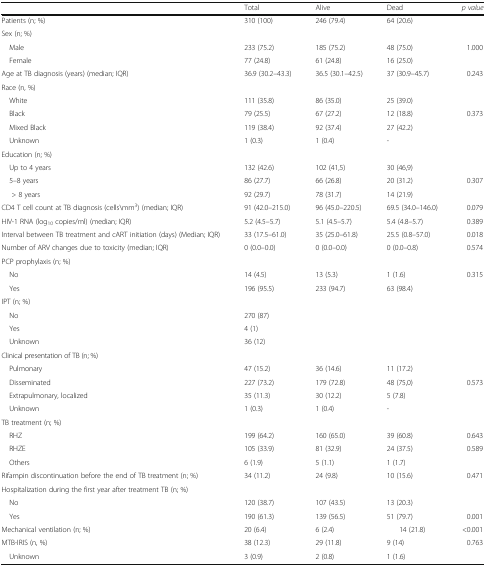
<table><thead><tr><td></td><td><b>Total</b></td><td><b>Alive</b></td><td><b>Dead</b></td><td><b><i>p value</i></b></td></tr></thead><tbody><tr><td>Patients (n; %)</td><td>310 (100)</td><td>246 (79.4)</td><td>64 (20.6)</td><td></td></tr><tr><td colspan="5">Sex (n; %)</td></tr><tr><td> Male</td><td>233 (75.2)</td><td>185 (75.2)</td><td>48 (75.0)</td><td>1.000</td></tr><tr><td> Female</td><td>77 (24.8)</td><td>61 (24.8)</td><td>16 (25.0)</td><td></td></tr><tr><td>Age at TB diagnosis (years) (median; IQR)</td><td>36.9 (30.2–43.3)</td><td>36.5 (30.1–42.5)</td><td>37 (30.9–45.7)</td><td>0.243</td></tr><tr><td colspan="5">Race (n, %)</td></tr><tr><td> White</td><td>111 (35.8)</td><td>86 (35.0)</td><td>25 (39.0)</td><td></td></tr><tr><td> Black</td><td>79 (25.5)</td><td>67 (27.2)</td><td>12 (18.8)</td><td>0.373</td></tr><tr><td> Mixed Black</td><td>119 (38.4)</td><td>92 (37.4)</td><td>27 (42.2)</td><td></td></tr><tr><td> Unknown</td><td>1 (0.3)</td><td>1 (0.4)</td><td>-</td><td></td></tr><tr><td colspan="5">Education (n; %)</td></tr><tr><td> Up to 4 years</td><td>132 (42.6)</td><td>102 (41,5)</td><td>30 (46,9)</td><td></td></tr><tr><td> 5–8 years</td><td>86 (27.7)</td><td>66 (26.8)</td><td>20 (31.2)</td><td>0.307</td></tr><tr><td>&gt; 8 years</td><td>92 (29.7)</td><td>78 (31.7)</td><td>14 (21.9)</td><td></td></tr><tr><td>CD4 T cell count at TB diagnosis (cells\mm<sup>3</sup>) (median; IQR)</td><td>91 (42.0–215.0)</td><td>96 (45.0–220.5)</td><td>69.5 (34.0–146.0)</td><td>0.079</td></tr><tr><td>HIV-1 RNA (log<sub>10</sub> copies/ml) (median; IQR)</td><td>5.2 (4.5–5.7)</td><td>5.1 (4.5–5.7)</td><td>5.4 (4.8–5.7)</td><td>0.389</td></tr><tr><td>Interval between TB treatment and cART initiation (days) (Median; IQR)</td><td>33 (17.5–61.0)</td><td>35 (25.0–61.8)</td><td>25.5 (0.8–57.0)</td><td>0.018</td></tr><tr><td>Number of ARV changes due to toxicity (median; IQR)</td><td>0 (0.0–0.0)</td><td>0 (0.0–0.0)</td><td>0 (0.0–0.8)</td><td>0.574</td></tr><tr><td colspan="5">PCP prophylaxis (n; %)</td></tr><tr><td> No</td><td>14 (4.5)</td><td>13 (5.3)</td><td>1 (1.6)</td><td>0.315</td></tr><tr><td> Yes</td><td>196 (95.5)</td><td>233 (94.7)</td><td>63 (98.4)</td><td></td></tr><tr><td colspan="5">IPT (n; %)</td></tr><tr><td> No</td><td>270 (87)</td><td></td><td></td><td></td></tr><tr><td> Yes</td><td>4 (1)</td><td></td><td></td><td></td></tr><tr><td> Unknown</td><td>36 (12)</td><td></td><td></td><td></td></tr><tr><td colspan="5">Clinical presentation of TB (n; %)</td></tr><tr><td> Pulmonary</td><td>47 (15.2)</td><td>36 (14.6)</td><td>11 (17.2)</td><td></td></tr><tr><td> Disseminated</td><td>227 (73.2)</td><td>179 (72.8)</td><td>48 (75,0)</td><td>0.573</td></tr><tr><td> Extrapulmonary, localized</td><td>35 (11.3)</td><td>30 (12.2)</td><td>5 (7.8)</td><td></td></tr><tr><td> Unknown</td><td>1 (0.3)</td><td>1 (0.4)</td><td>-</td><td></td></tr><tr><td colspan="5">TB treatment (n; %)</td></tr><tr><td> RHZ</td><td>199 (64.2)</td><td>160 (65.0)</td><td>39 (60.8)</td><td>0.643</td></tr><tr><td> RHZE</td><td>105 (33.9)</td><td>81 (32.9)</td><td>24 (37.5)</td><td>0.589</td></tr><tr><td> Others</td><td>6 (1.9)</td><td>5 (1.1)</td><td>1 (1.7)</td><td></td></tr><tr><td>Rifampin discontinuation before the end of TB treatment (n; %)</td><td>34 (11.2)</td><td>24 (9.8)</td><td>10 (15.6)</td><td>0.471</td></tr><tr><td colspan="5">Hospitalization during the first year after treatment TB (n; %)</td></tr><tr><td> No</td><td>120 (38.7)</td><td>107 (43.5)</td><td>13 (20.3)</td><td></td></tr><tr><td> Yes</td><td>190 (61.3)</td><td>139 (56.5)</td><td>51 (79.7)</td><td>0.001</td></tr><tr><td>Mechanical ventilation (n; %)</td><td>20 (6.4)</td><td>6 (2.4)</td><td>14 (21.8)</td><td>&lt;0.001</td></tr><tr><td>MTB-IRIS (n, %)</td><td>38 (12.3)</td><td>29 (11.8)</td><td>9 (14)</td><td>0.763</td></tr><tr><td> Unknown</td><td>3 (0.9)</td><td>2 (0.8)</td><td>1 (1.6)</td><td></td></tr></tbody></table>